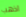
اذهب